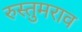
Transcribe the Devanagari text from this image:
रुस्तुमराव